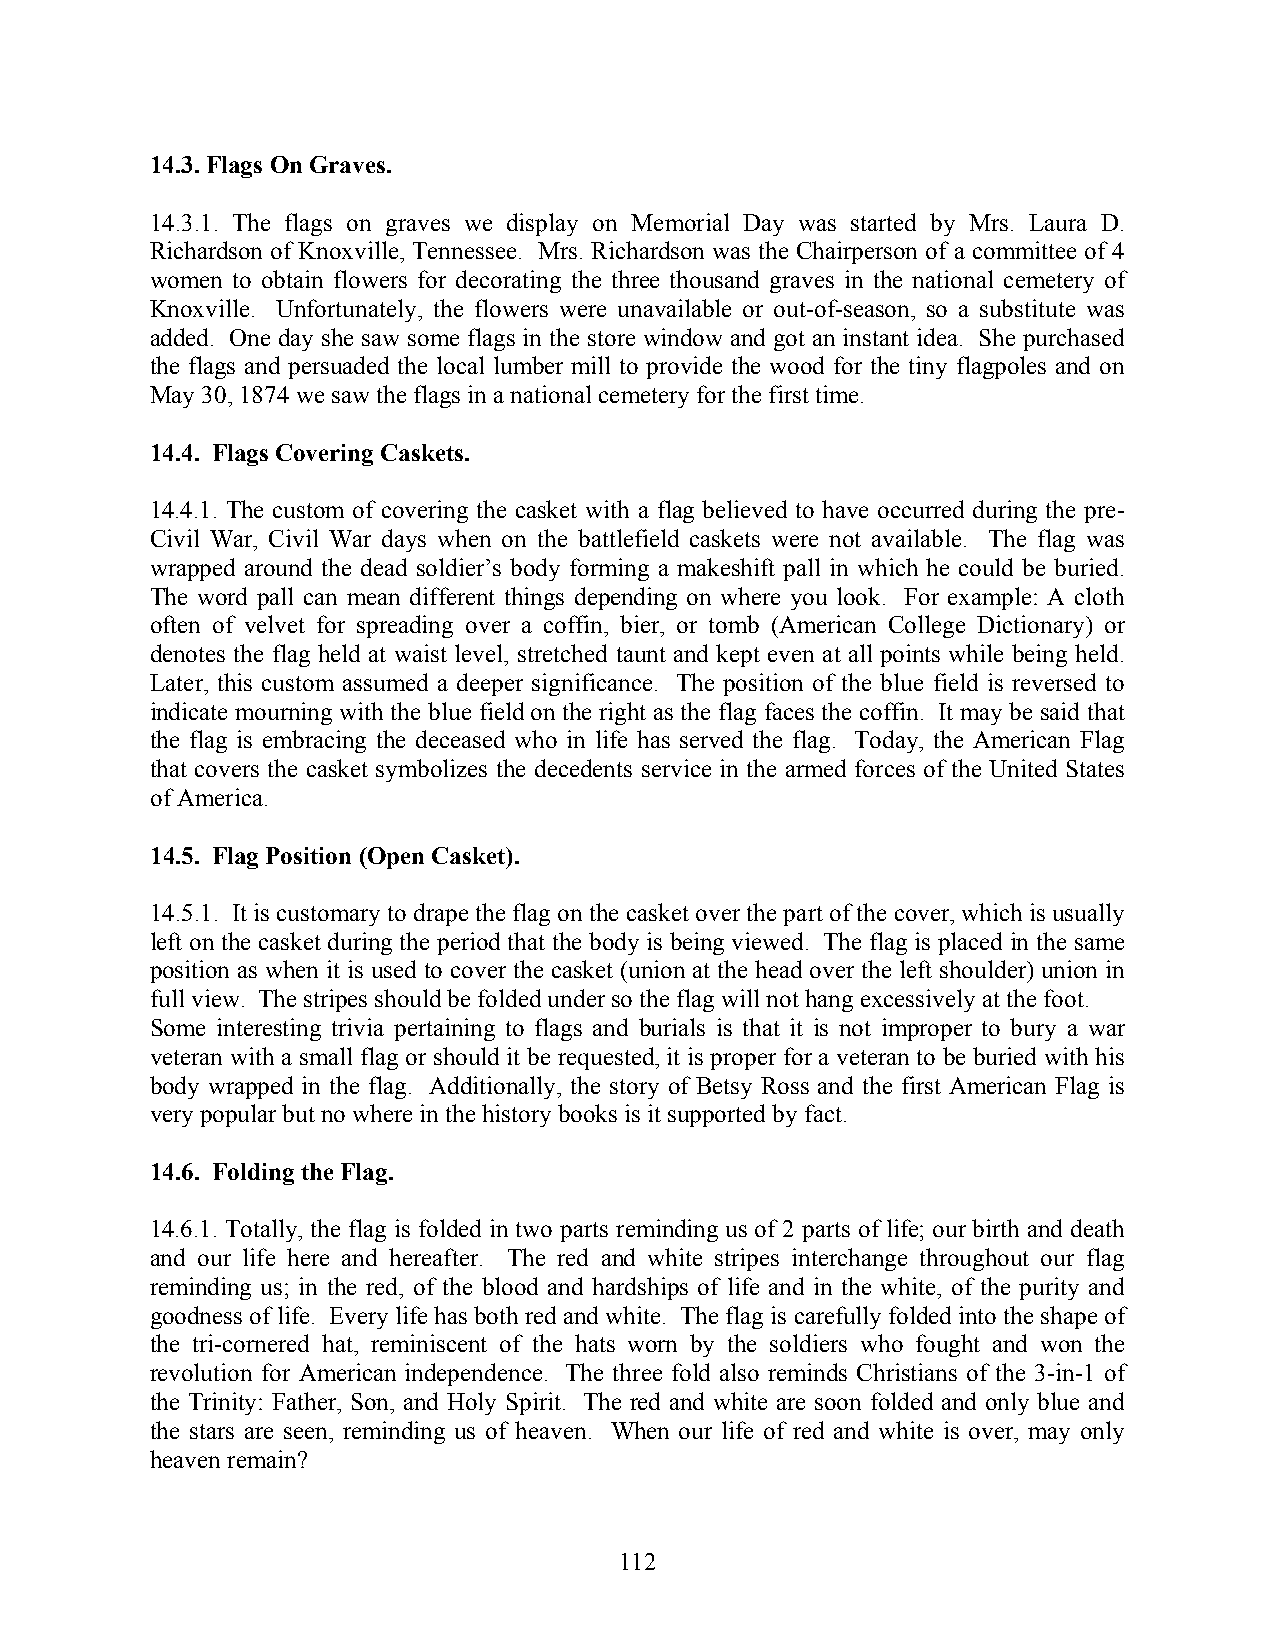
14.3. Flags On Graves.
 14.3.1. The flags on graves we display on Memorial Day was started by Mrs. Laura D.
 Richardson of Knoxville, Tennessee. Mrs. Richardson was the Chairperson of a committee of 4
 women to obtain flowers for decorating the three thousand graves in the national cemetery of
 Knoxville. Unfortunately, the flowers were unavailable or out-of-season, so a substitute was
 added. One day she saw some flags in the store window and got an instant idea. She purchased
 the flags and persuaded the local lumber mill to provide the wood for the tiny flagpoles and on
 May 30, 1874 we saw the flags in a national cemetery for the first time.
 14.4. Flags Covering Caskets.
 14.4.1. The custom of covering the casket with a flag believed to have occurred during the pre-
 Civil War, Civil War days when on the battlefield caskets were not available. The flag was
 wrapped around the dead soldier’s body forming a makeshift pall in which he could be buried.
 The word pall can mean different things depending on where you look. For example: A cloth
 often of velvet for spreading over a coffin, bier, or tomb (American College Dictionary) or
 denotes the flag held at waist level, stretched taunt and kept even at all points while being held.
 Later, this custom assumed a deeper significance. The position of the blue field is reversed to
 indicate mourning with the blue field on the right as the flag faces the coffin. It may be said that
 the flag is embracing the deceased who in life has served the flag. Today, the American Flag
 that covers the casket symbolizes the decedents service in the armed forces of the United States
 of America.
 14.5. Flag Position (Open Casket).
 14.5.1. It is customary to drape the flag on the casket over the part of the cover, which is usually
 left on the casket during the period that the body is being viewed. The flag is placed in the same
 position as when it is used to cover the casket (union at the head over the left shoulder) union in
 full view. The stripes should be folded under so the flag will not hang excessively at the foot.
 Some interesting trivia pertaining to flags and burials is that it is not improper to bury a war
 veteran with a small flag or should it be requested, it is proper for a veteran to be buried with his
 body wrapped in the flag. Additionally, the story of Betsy Ross and the first American Flag is
 very popular but no where in the history books is it supported by fact.
 14.6. Folding the Flag.
 14.6.1. Totally, the flag is folded in two parts reminding us of 2 parts of life; our birth and death
 and our life here and hereafter. The red and white stripes interchange throughout our flag
 reminding us; in the red, of the blood and hardships of life and in the white, of the purity and
 goodness of life. Every life has both red and white. The flag is carefully folded into the shape of
 the tri-cornered hat, reminiscent of the hats worn by the soldiers who fought and won the
 revolution for American independence. The three fold also reminds Christians of the 3-in-1 of
 the Trinity: Father, Son, and Holy Spirit. The red and white are soon folded and only blue and
 the stars are seen, reminding us of heaven. When our life of red and white is over, may only
 heaven remain?
 112